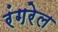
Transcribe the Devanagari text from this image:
रंगरेल